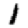
Digit: 1